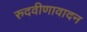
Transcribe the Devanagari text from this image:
रुदवीणावादन